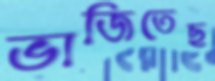
ভাজিতেছ